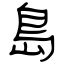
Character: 島